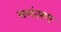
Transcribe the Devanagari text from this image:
समंतरण